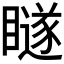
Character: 𭿨